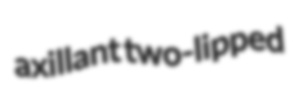
axillant two-lipped